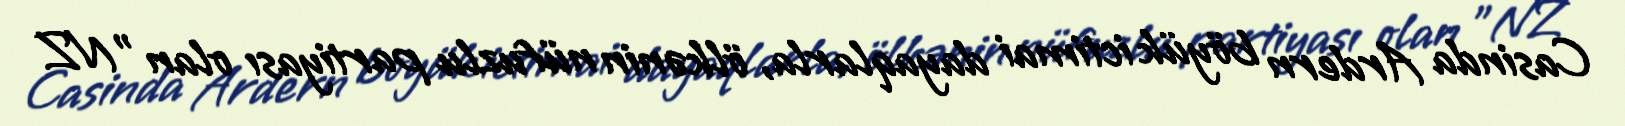
Casinda Ardern böyük ictimai dayaqlarla, ölkənin nüfuzlu partiyası olan ”NZ